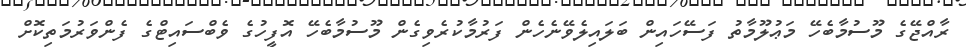
ރާއްޖޭގެ މޫސުމާބެހޭ މަޢުލޫމާތު ފަސޭހައިން ބަލައިލެވޭނެހެން ފަރުމާކުރެވިގެން މޫސުމާބެހޭ އޮފީހުގެ ވެބްސައިޓްގެ ފެންވަރުމަތިކޮށް